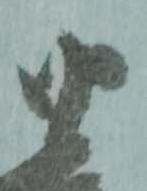
由